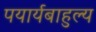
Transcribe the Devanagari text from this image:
पयार्यबाहुल्य